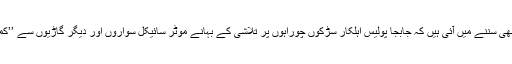
کراچی میں یہ شکایات بھی سننے میں آئی ہیں کہ جابجا پولیس اہلکار سڑکوں چوراہوں پر تلاشی کے بہانے موٹر سائیکل سواروں اور دیگر گاڑیوں سے ’’کمائی‘‘ میں مصروف ہیں۔